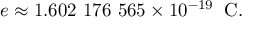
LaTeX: e \approx 1 . 6 0 2 \ 1 7 6 \ 5 6 5 \times 1 0 ^ { - 1 9 } \; \; \mathrm { C } .